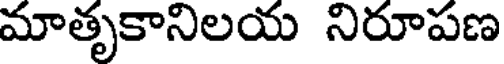
మాతృకానిలయ నిరూపణ